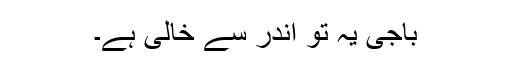
باجی یہ تو اندر سے خالی ہے۔